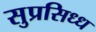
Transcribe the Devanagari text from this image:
सुप्रसिध्ध